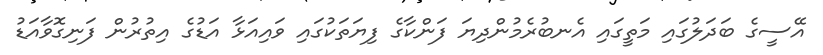
އޭސީގެ ބަދަލުގައި މަތީގައި އެނބުރެމުންދިޔަ ފަންކާގެ ފިޔަތަކުގައި ވައިއަޅާ އަޑުގެ އިތުރުން ފަނިގޮވާއަޑު